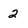
Character: 2